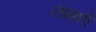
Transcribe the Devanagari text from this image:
लागाएँ